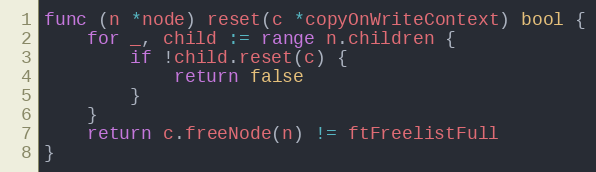
Language: Go
func (n *node) reset(c *copyOnWriteContext) bool {
	for _, child := range n.children {
		if !child.reset(c) {
			return false
		}
	}
	return c.freeNode(n) != ftFreelistFull
}